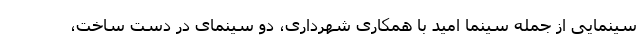
سینمایی از جمله سینما امید با همکاری شهرداری، دو سینمای در دست ساخت،